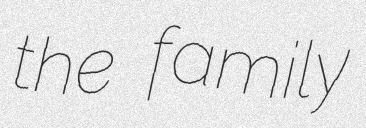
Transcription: the family